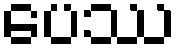
ပေဿ